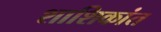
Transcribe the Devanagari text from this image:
शाशिकांत